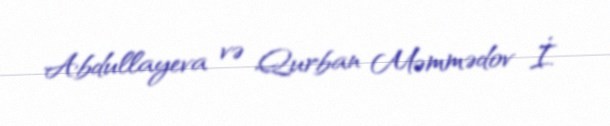
Abdullayeva və Qurban Məmmədov İ.